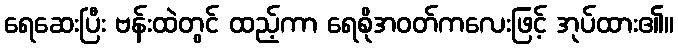
ရေဆေးပြီး ဗန်းထဲတွင် ထည့်ကာ ရေစိုအဝတ်ကလေးဖြင့် အုပ်ထား၏။